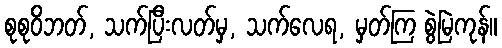
စုစုဝိဘတ်, သက်ပြီးလတ်မှ, သက်လေရ, မှတ်ကြ စွဲမြဲကုန်။